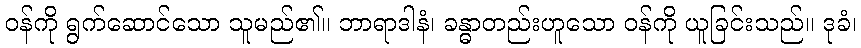
ဝန်ကို ရွက်ဆောင်သော သူမည်၏။ ဘာရာဒါနံ၊ ခန္ဓာတည်းဟူသော ဝန်ကို ယူခြင်းသည်။ ဒုခံ၊